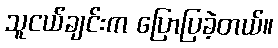
သူငယ်ချင်းက ပြောပြခဲ့တယ်။